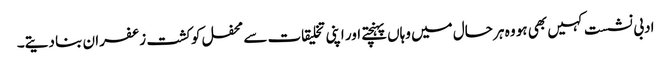
ادبی نشست کہیں بھی ہو وہ ہر حال میں وہاں پہنچتے اور اپنی تخلیقات سے محفل کو کشت زعفران بنا دیتے۔